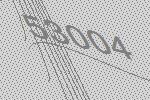
53004